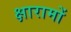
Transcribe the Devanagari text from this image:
क्षारामों